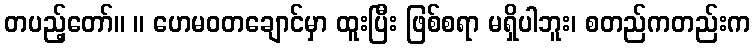
တပည့်တော်။ ။ ဟေမဝတချောင်မှာ ထူးပြီး ဖြစ်စရာ မရှိပါဘူး၊ စတည်ကတည်းက